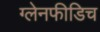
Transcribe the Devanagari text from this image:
ग्लेनफीडिच